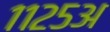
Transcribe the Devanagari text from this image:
११२५अ